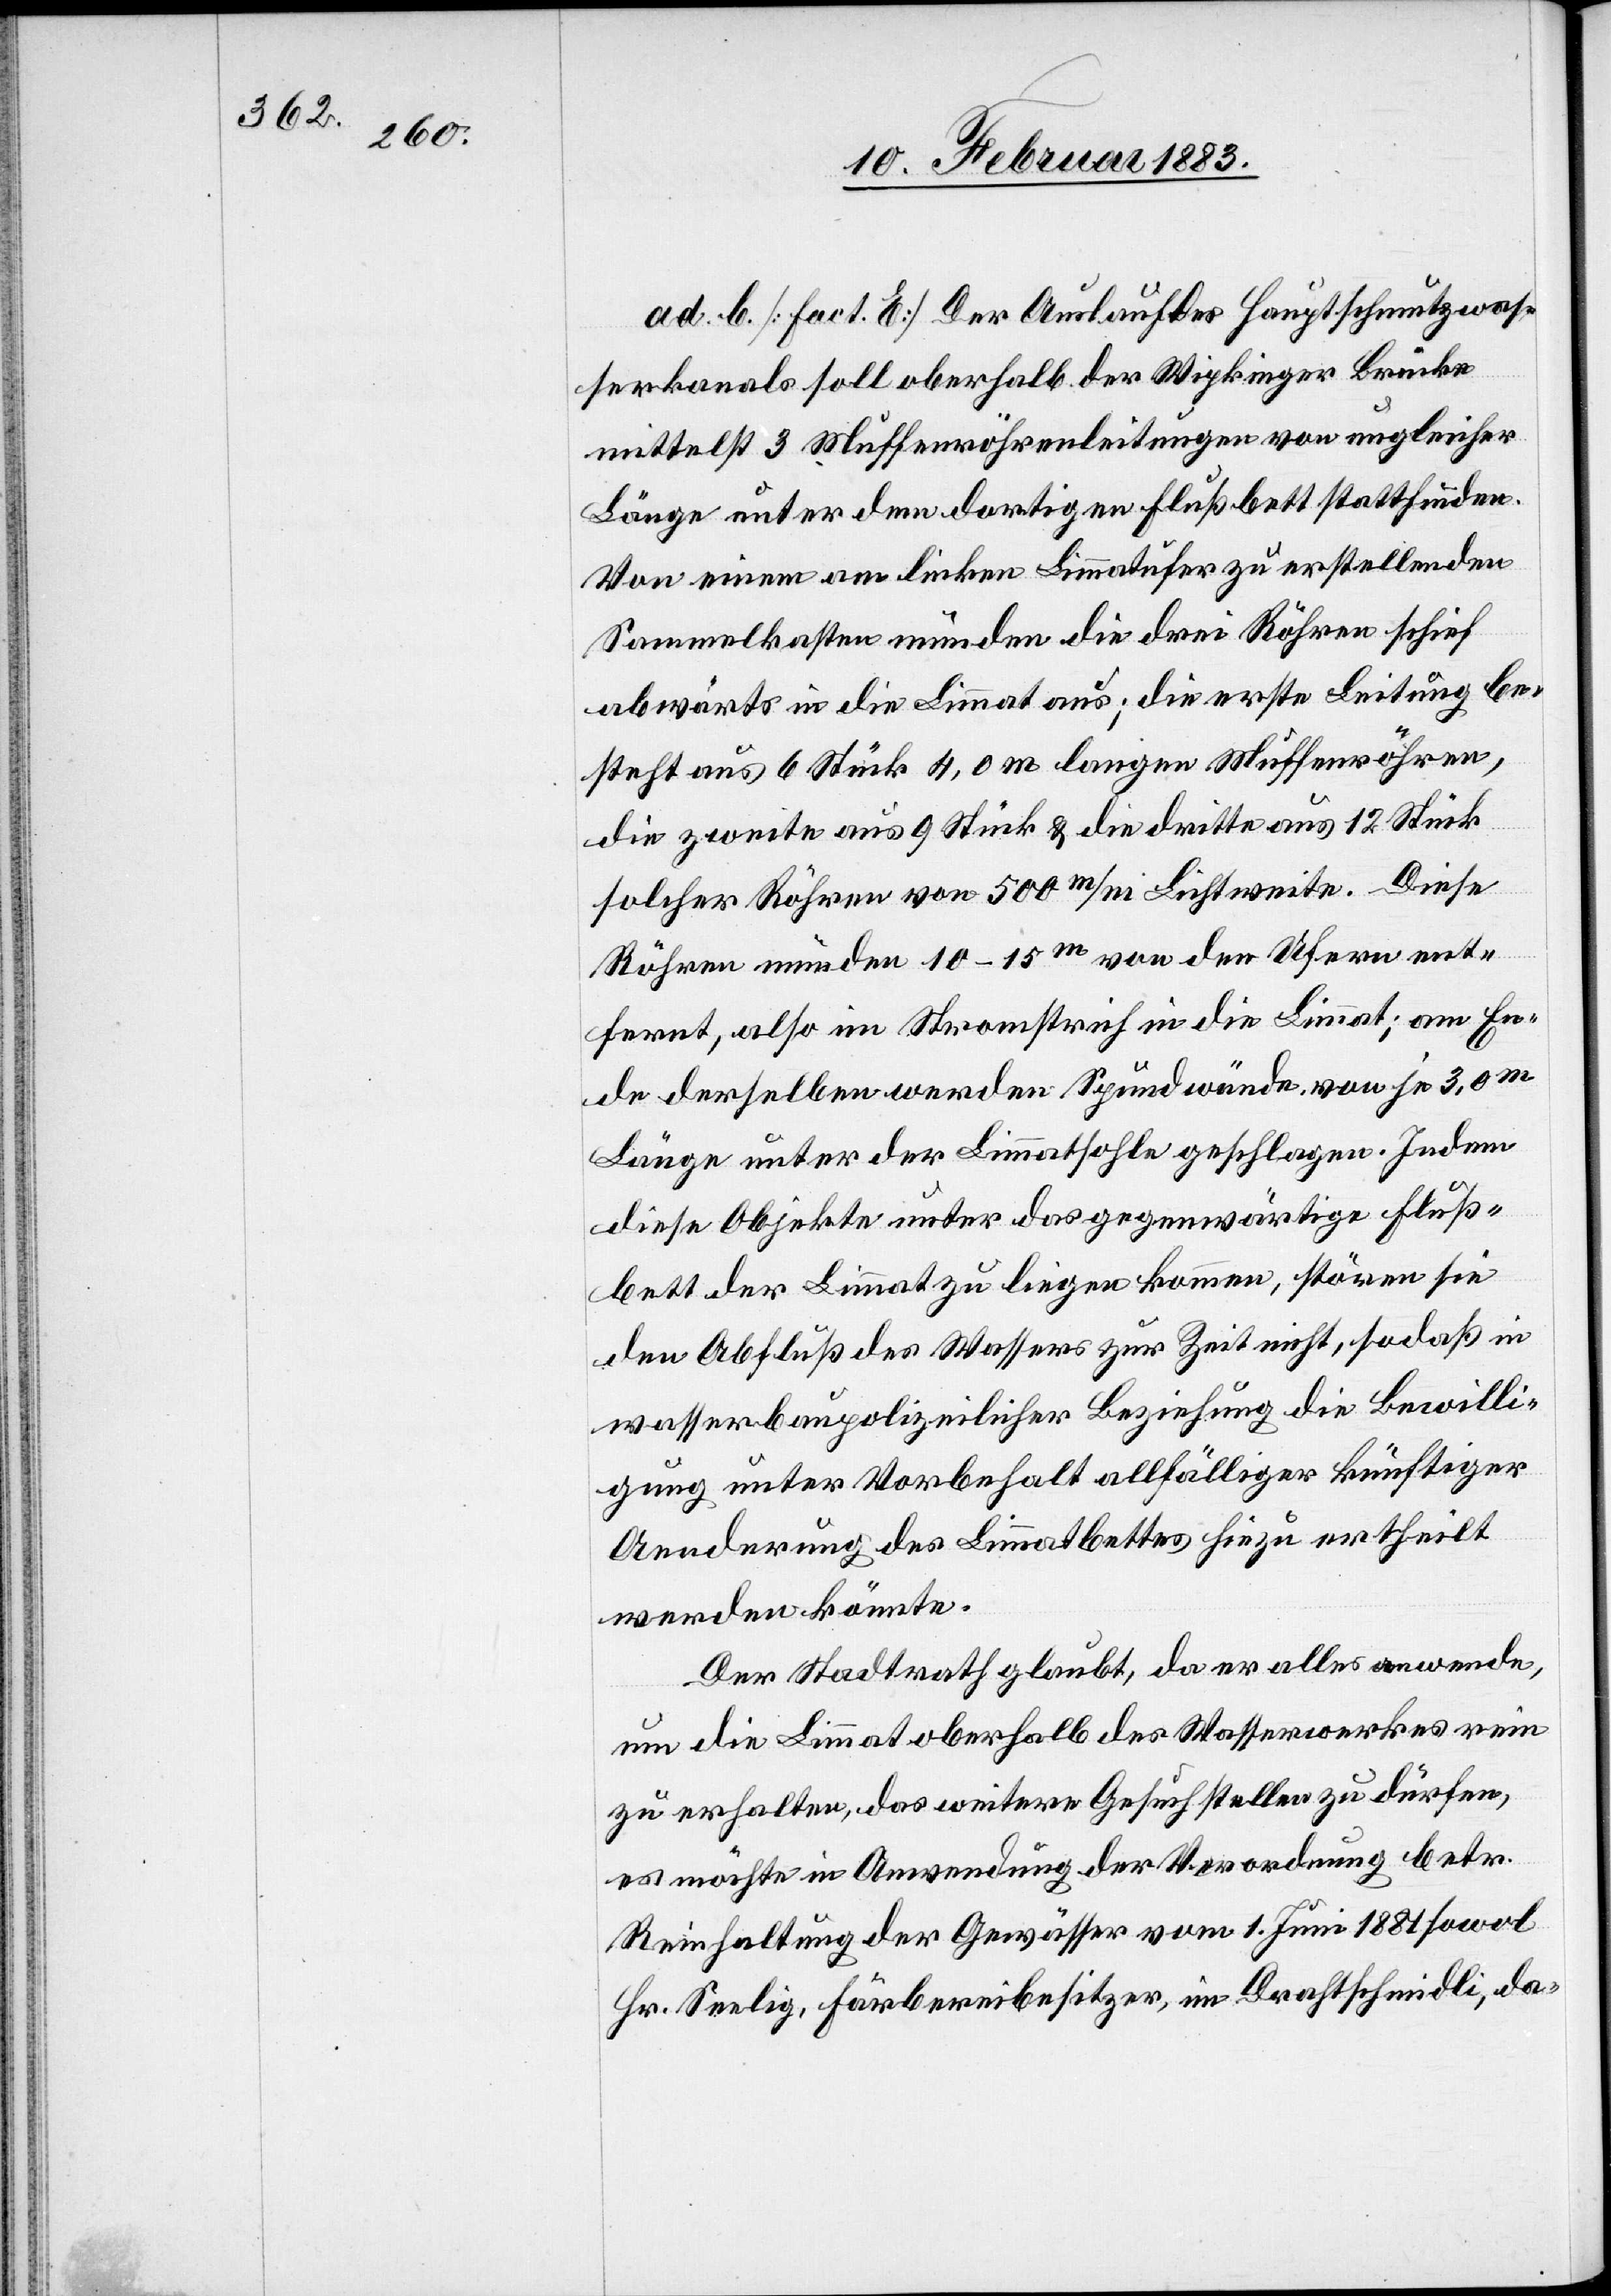
ad b. [Fact. E] Der Auslauf des Hauptschmutzwas¬
serkanals soll oberhalb der Wipkinger Brücke
mittelst 3 Muffenröhrenleitungen von ungleicher
Länge unter dem dortigen Flußbett stattfinden.
Von einem am linken Limmatufer zu erstellenden
Sammelkasten münden die drei Röhren schief
abwärts in die Limmat aus; die erste Leitung be¬
steht aus 6 Stück 4,0 m langen Muffenröhren,
die zweite aus 9 Stück & die dritte aus 12 Stück
solcher Röhren von 500 m/m Lichtweite. Diese
Röhren münden 10–15m von den Ufern ent¬
fernt, also im Stromstrich in die Limmat; am En¬
de derselben werden Spundwände von je 3,0m
Länge unter der Limmatsohle geschlagen. Indem
diese Objekte unter das gegenwärtige Fluß¬
bett der Limmat zu liegen kommen, stören sie
den Abfluß des Wassers zur Zeit nicht, sodaß in
wasserbaupolizeilicher Beziehung die Bewilli¬
gung unter Vorbehalt allfälliger künftiger
Aenderung des Limmatbettes hiezu ertheilt
werden könnte.
Der Stadtrath glaubt, da er alles anwende,
um die Limmat oberhalb des Wasserwerkes rein
zu erhalten, das weitere Gesuch stellen zu dürfen,
es möchte in Anwendung der Verordnung betr.
Reinhaltung der Gewässer vom 1. Juni 1881 sowol
Hr. Seelig, Färbereibesitzer, im Drahtschmidli, da-